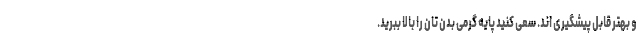
و بهتر قابل پیشگیری اند. سعی کنید پایه گرمی بدن تان را بالا ببرید.